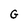
Character: G